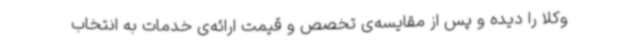
وکلا را دیده و پس از مقایسه‌ی تخصص و قیمت ارائه‌ی خدمات به انتخاب